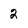
Character: 2